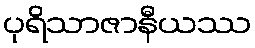
ပုရိသာဇာနီယဿ